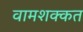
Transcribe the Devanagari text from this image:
वामशक्कत